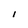
Character: I